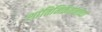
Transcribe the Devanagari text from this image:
शांतिनिकेतनच्या